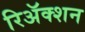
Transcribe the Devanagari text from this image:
रिअॅक्शन